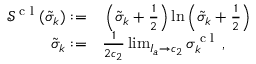
\begin{array} { r l } { \mathcal { S } ^ { \textrm { c l } } ( \tilde { \sigma } _ { k } ) : = } & { { } \left( \tilde { \sigma } _ { k } + \frac { 1 } { 2 } \right) \ln \left( \tilde { \sigma } _ { k } + \frac { 1 } { 2 } \right) } \\ { \tilde { \sigma } _ { k } : = } & { { } \frac { 1 } { 2 c _ { 2 } } \operatorname* { l i m } _ { I _ { a } \to c _ { 2 } } \sigma _ { k } ^ { \textrm { c l } } \, , } \end{array}